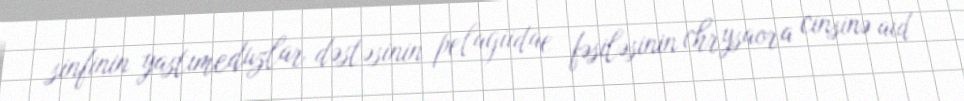
sinfinin yastımeduzlar dəstəsinin pelagiidae fəsiləsinin chrysaora cinsinə aid